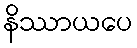
နိဿာယပေ